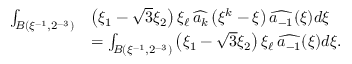
\begin{array} { r l } { \int _ { B ( \xi ^ { - 1 } , 2 ^ { - 3 } ) } } & { \left( \xi _ { 1 } - \sqrt { 3 } \xi _ { 2 } \right) \xi _ { \ell } \, \widehat { a _ { k } } \left( \xi ^ { k } - \xi \right) \widehat { a _ { - 1 } } ( \xi ) d \xi } \\ & { = \int _ { B ( \xi ^ { - 1 } , 2 ^ { - 3 } ) } \left( \xi _ { 1 } - \sqrt { 3 } \xi _ { 2 } \right) \xi _ { \ell } \, \widehat { a _ { - 1 } } ( \xi ) d \xi . } \end{array}